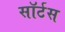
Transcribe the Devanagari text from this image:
सॉर्टस